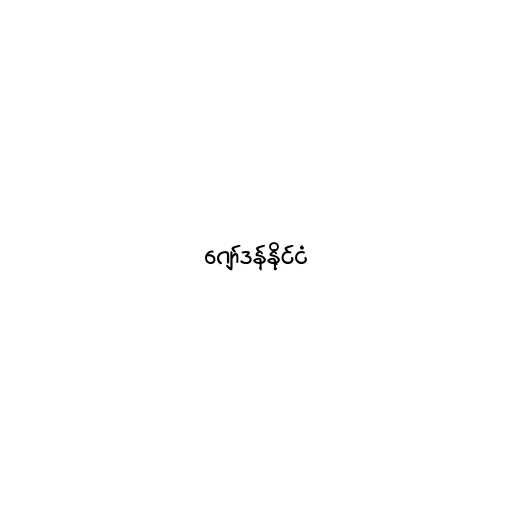
ဂျော်ဒန်နိုင်ငံ